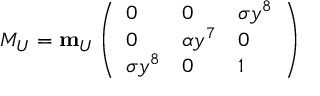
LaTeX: M _ { U } = { \bf m } _ { U } \left( \begin{array} { l l l } { { 0 } } & { { 0 } } & { { \sigma y ^ { 8 } } } \\ { { 0 } } & { { \alpha y ^ { 7 } } } & { { 0 } } \\ { { \sigma y ^ { 8 } } } & { { 0 } } & { { 1 } } \end{array} \right)